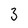
Character: 3